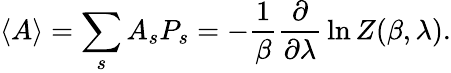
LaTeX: \langle A\rangle=\sum_{s}A_{s}P_{s}=-{\frac{1}{\beta}}{\frac{\partial}{\partial\lambda}}\ln Z(\beta,\lambda).